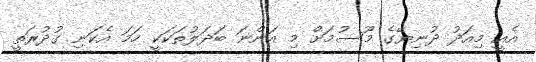
އެއީ މިއަދު ދުނިޔޭގެ މޫސުމަށް މި އަންނަ ބަދަލުތަކަކީ ހަމަ އެކަނި ގުދުރަތީ